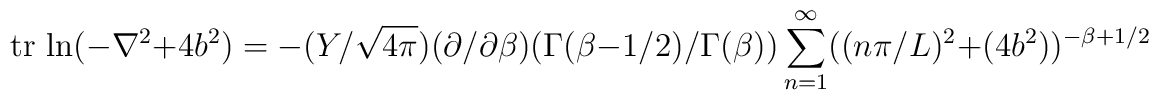
{\rm tr~ln}(-\nabla^2+4b^2)=-(Y/\sqrt{4\pi})(\partial/\partial\beta)(\Gamma (\beta-1/2)/\Gamma (\beta))\sum_{n=1}^\infty ((n\pi/L)^2+(4b^2))^{-\beta+1/2}